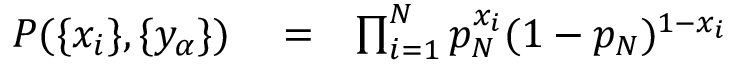
\begin{array} { r l r } { P ( \{ x _ { i } \} , \{ y _ { \alpha } \} ) } & { { } = } & { \prod _ { i = 1 } ^ { N } p _ { N } ^ { x _ { i } } ( 1 - p _ { N } ) ^ { 1 - x _ { i } } } \end{array}